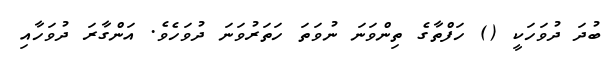
ބުދަ ދުވަހަކީ () ހަފްތާގެ ތިންވަނަ ނުވަތަ ހަތަރުވަނަ ދުވަހެވެ. އަންގާރަ ދުވަހާއި